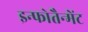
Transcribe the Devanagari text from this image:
इन्फोतैन्मेंट